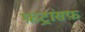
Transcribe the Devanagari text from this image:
फ़ट्रांसफ़